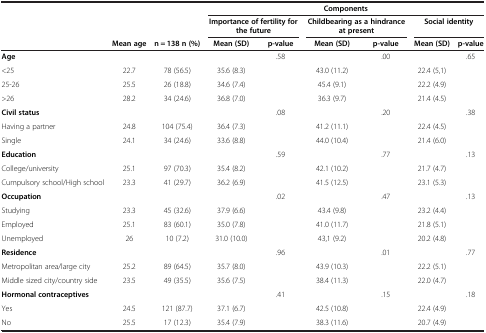
<table><thead><tr><td><b> </b></td><td><b> </b></td><td><b> </b></td><td colspan="6"><b>Components</b></td></tr><tr><td><b> </b></td><td><b> </b></td><td><b> </b></td><td colspan="2"><b>Importance of fertility for the future</b></td><td colspan="2"><b>Childbearing as a hindrance at present</b></td><td colspan="2"><b>Social identity</b></td></tr><tr><td><b> </b></td><td><b>Mean age</b></td><td><b>n = 138 n (%)</b></td><td><b>Mean (SD)</b></td><td><b>p-value</b></td><td><b>Mean (SD)</b></td><td><b>p-value</b></td><td><b>Mean (SD)</b></td><td><b>p-value</b></td></tr></thead><tbody><tr><td><b>Age</b></td><td> </td><td> </td><td> </td><td>.58</td><td> </td><td>.00</td><td> </td><td>.65</td></tr><tr><td>&lt;25</td><td>22.7</td><td>78 (56.5)</td><td>35.6 (8.3)</td><td> </td><td>43.0 (11.2)</td><td> </td><td>22.4 (5,1)</td><td> </td></tr><tr><td>25-26</td><td>25.5</td><td>26 (18.8)</td><td>34.6 (7.4)</td><td> </td><td>45.4 (9.1)</td><td> </td><td>22.2 (4.9)</td><td> </td></tr><tr><td>&gt;26</td><td>28.2</td><td>34 (24.6)</td><td>36.8 (7.0)</td><td> </td><td>36.3 (9.7)</td><td> </td><td>21.4 (4.5)</td><td> </td></tr><tr><td><b>Civil status</b></td><td> </td><td> </td><td> </td><td>.08</td><td> </td><td>.20</td><td> </td><td>.38</td></tr><tr><td>Having a partner</td><td>24.8</td><td>104 (75.4)</td><td>36.4 (7.3)</td><td> </td><td>41.2 (11.1)</td><td> </td><td>22.4 (4.5)</td><td> </td></tr><tr><td>Single</td><td>24.1</td><td>34 (24.6)</td><td>33.6 (8.8)</td><td> </td><td>44.0 (10.4)</td><td> </td><td>21.4 (6.0)</td><td> </td></tr><tr><td><b>Education</b></td><td> </td><td> </td><td> </td><td>.59</td><td> </td><td>.77</td><td> </td><td>.13</td></tr><tr><td>College/university</td><td>25.1</td><td>97 (70.3)</td><td>35.4 (8.2)</td><td> </td><td>42.1 (10.2)</td><td> </td><td>21.7 (4.7)</td><td> </td></tr><tr><td>Cumpulsory school/High school</td><td>23.3</td><td>41 (29.7)</td><td>36.2 (6.9)</td><td> </td><td>41.5 (12.5)</td><td> </td><td>23.1 (5.3)</td><td> </td></tr><tr><td><b>Occupation</b></td><td> </td><td> </td><td> </td><td>.02</td><td> </td><td>.47</td><td> </td><td>.13</td></tr><tr><td>Studying</td><td>23.3</td><td>45 (32.6)</td><td>37.9 (6.6)</td><td> </td><td>43.4 (9.8)</td><td> </td><td>23.2 (4.4)</td><td> </td></tr><tr><td>Employed</td><td>25.1</td><td>83 (60.1)</td><td>35.0 (7.8)</td><td> </td><td>41.0 (11.7)</td><td> </td><td>21.8 (5.1)</td><td> </td></tr><tr><td>Unemployed</td><td>26</td><td>10 (7.2)</td><td>31.0 (10.0)</td><td> </td><td>43,1 (9.2)</td><td> </td><td>20.2 (4.8)</td><td> </td></tr><tr><td><b>Residence</b></td><td> </td><td> </td><td> </td><td>.96</td><td> </td><td>.01</td><td> </td><td>.77</td></tr><tr><td>Metropolitan area/large city</td><td>25.2</td><td>89 (64.5)</td><td>35.7 (8.0)</td><td> </td><td>43.9 (10.3)</td><td> </td><td>22.2 (5.1)</td><td> </td></tr><tr><td>Middle sized city/country side</td><td>23.5</td><td>49 (35.5)</td><td>35.6 (7.5)</td><td> </td><td>38.4 (11.3)</td><td> </td><td>22.0 (4.7)</td><td> </td></tr><tr><td><b>Hormonal contraceptives</b></td><td> </td><td> </td><td> </td><td>.41</td><td> </td><td>.15</td><td> </td><td>.18</td></tr><tr><td>Yes</td><td>24.5</td><td>121 (87.7)</td><td>37.1 (6.7)</td><td> </td><td>42.5 (10.8)</td><td> </td><td>22.4 (4.9)</td><td> </td></tr><tr><td>No</td><td>25.5</td><td>17 (12.3)</td><td>35.4 (7.9)</td><td> </td><td>38.3 (11.6)</td><td> </td><td>20.7 (4.9)</td><td> </td></tr></tbody></table>